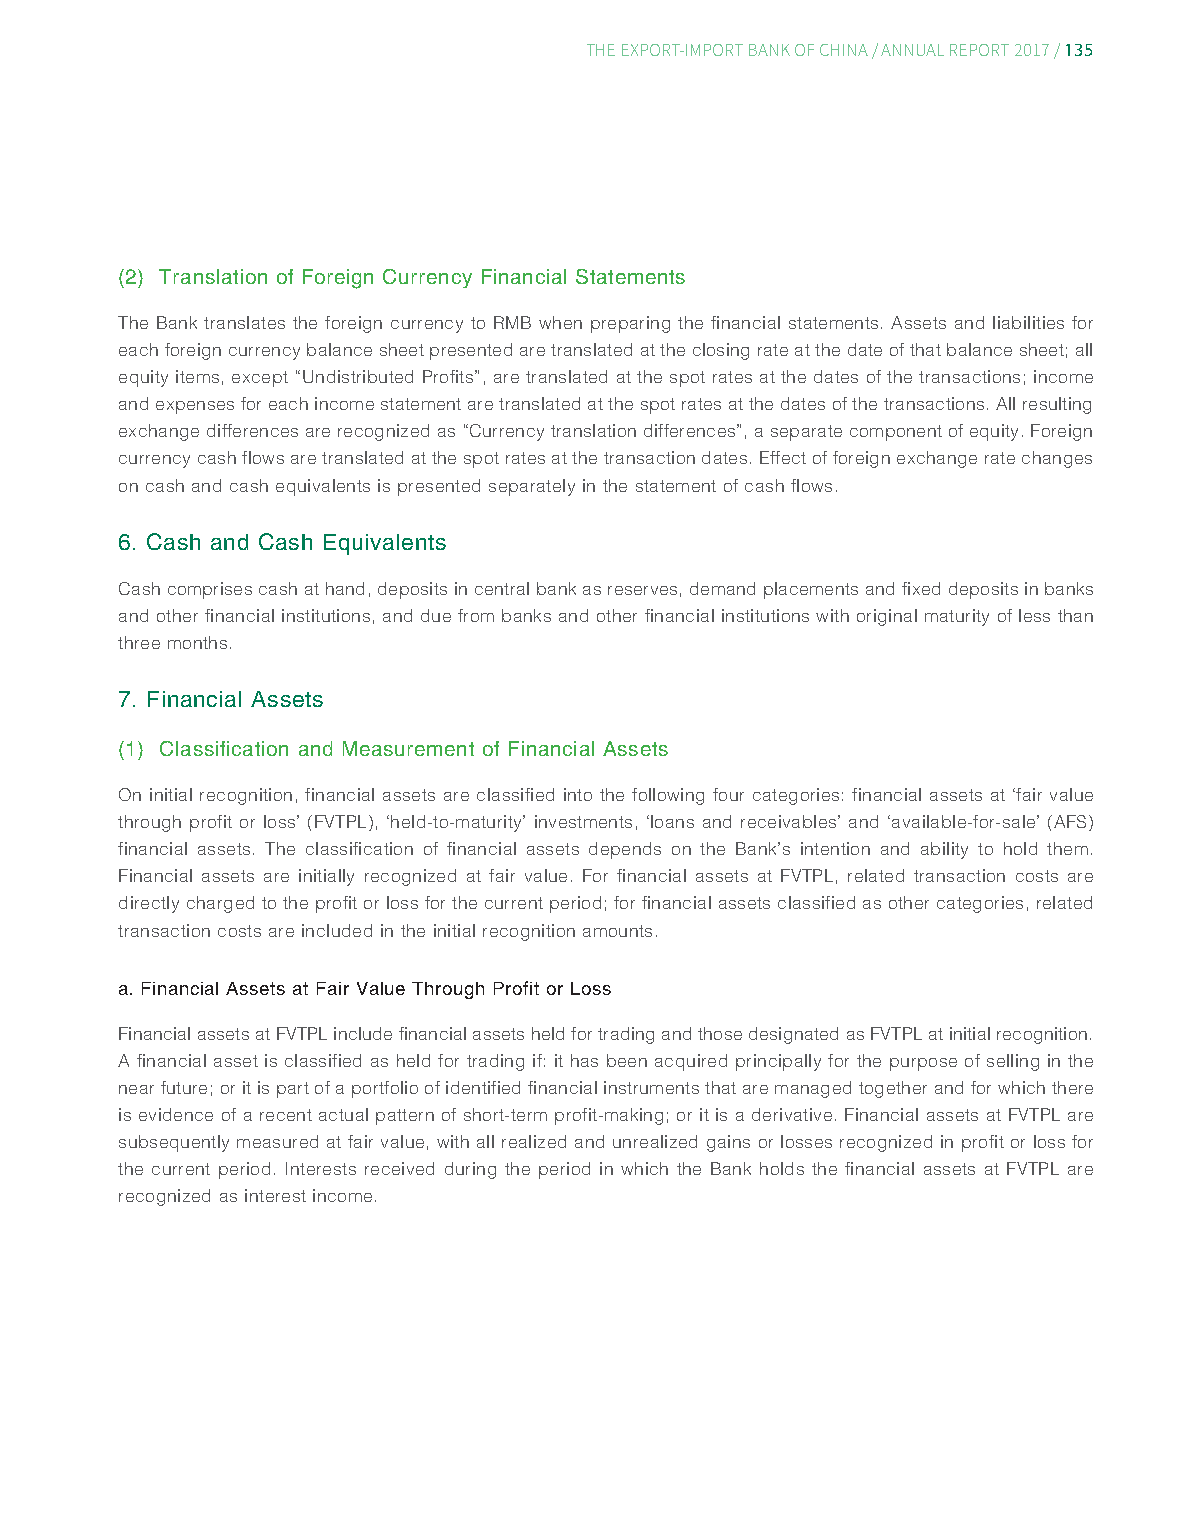
135
 THE EXPORT-IMPORT BANK OF CHINA/ ANNUAL REPORT 2017/
 (2) Translation of Foreign Currency Financial Statements
 The Bank translates the foreign currency to RMB when preparing the financial statements. Assets and liabilities for
 each foreign currency balance sheet presented are translated at the closing rate at the date of that balance sheet; all
 equity items, except “Undistributed Profits”, are translated at the spot rates at the dates of the transactions; income
 and expenses for each income statement are translated at the spot rates at the dates of the transactions. All resulting
 exchange differences are recognized as “Currency translation differences”, a separate component of equity. Foreign
 currency cash flows are translated at the spot rates at the transaction dates. Effect of foreign exchange rate changes
 on cash and cash equivalents is presented separately in the statement of cash flows.
 6. Cash and Cash Equivalents
 Cash comprises cash at hand, deposits in central bank as reserves, demand placements and fixed deposits in banks
 and other financial institutions, and due from banks and other financial institutions with original maturity of less than
 three months.
 7. Financial Assets
 (1) Classification and Measurement of Financial Assets
 On initial recognition, financial assets are classified into the following four categories: financial assets at ‘fair value
 through profit or loss’ (FVTPL), ‘held-to-maturity’ investments, ‘loans and receivables’ and ‘available-for-sale’ (AFS)
 financial assets. The classification of financial assets depends on the Bank’s intention and ability to hold them.
 Financial assets are initially recognized at fair value. For financial assets at FVTPL, related transaction costs are
 directly charged to the profit or loss for the current period; for financial assets classified as other categories, related
 transaction costs are included in the initial recognition amounts.
 a. Financial Assets at Fair Value Through Profit or Loss
 Financial assets at FVTPL include financial assets held for trading and those designated as FVTPL at initial recognition.
 A financial asset is classified as held for trading if: it has been acquired principally for the purpose of selling in the
 near future; or it is part of a portfolio of identified financial instruments that are managed together and for which there
 is evidence of a recent actual pattern of short-term profit-making; or it is a derivative. Financial assets at FVTPL are
 subsequently measured at fair value, with all realized and unrealized gains or losses recognized in profit or loss for
 the current period. Interests received during the period in which the Bank holds the financial assets at FVTPL are
 recognized as interest income.